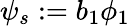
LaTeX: \psi_{s}:=b_{1}\phi_{1}